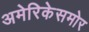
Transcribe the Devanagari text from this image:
अमेरिकेसमोर